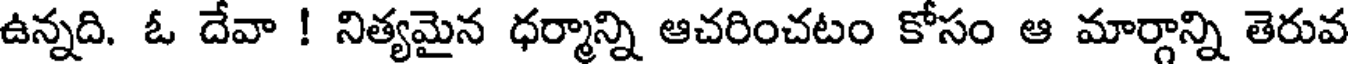
ఉన్నది. ఓ దేవా ! నిత్యమైన ధర్మాన్ని ఆచరించటం కోసం ఆ మార్గాన్ని తెరువ